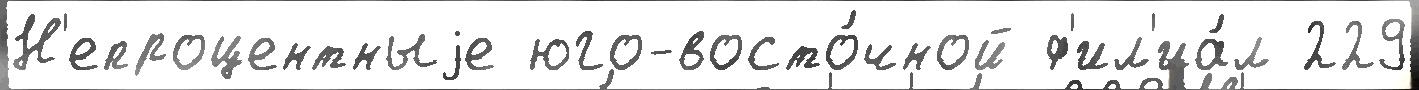
Н'епроцентныjе юго-восто́чной ф'ил'иа́л 229